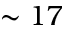
\sim 1 7